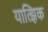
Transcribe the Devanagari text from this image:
यात्झिक